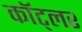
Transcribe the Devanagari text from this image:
कॉट्लर